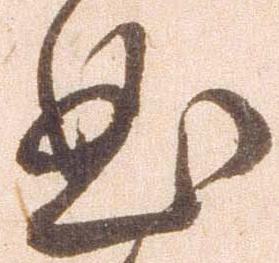
曲